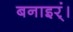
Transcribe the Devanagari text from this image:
बनाइर्ं।